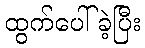
ထွက်ပေါ်ခဲ့ပြီး